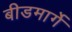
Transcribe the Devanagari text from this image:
बीडमार्गे